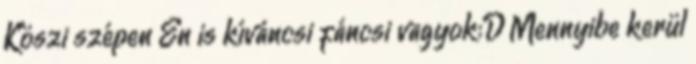
Köszi szépen Én is kíváncsi fáncsi vagyok:D Mennyibe kerül